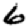
Digit: 6